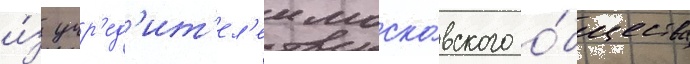
и́з учр'ед'ит'ел'еи моско́вского о́бщества